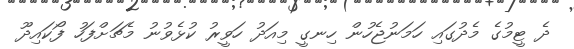
ދެ ޓީމުގެ މެދުގައި ހަމަނުޖެހުން ހިނގީ މިއަދު ހަވީރު ކުޅެވުނު މެޗަށްފަހު ފޯކައިދޫ